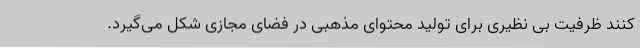
کنند ظرفیت بی نظیری برای تولید محتوای مذهبی در فضای مجازی شکل می‌گیرد.